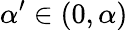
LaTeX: \alpha^{\prime}\in(0,\alpha)